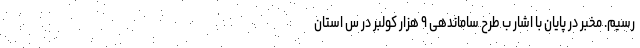
رسیم. مخبر در پایان با اشار ب طرح ساماندهی ۹ هزار کولبر در س استان